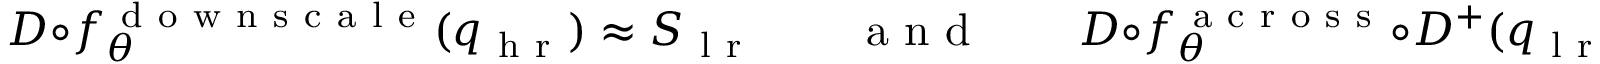
D \circ f _ { \theta } ^ { \mathrm { ~ d ~ o ~ w ~ n ~ s ~ c ~ a ~ l ~ e ~ } } ( q _ { \mathrm { ~ h ~ r ~ } } ) \approx S _ { \mathrm { ~ l ~ r ~ } } \qquad \mathrm { ~ a ~ n ~ d ~ } \qquad D \circ f _ { \theta } ^ { \mathrm { ~ a ~ c ~ r ~ o ~ s ~ s ~ } } \circ D ^ { + } ( q _ { \mathrm { ~ l ~ r ~ } } ) \approx S _ { \mathrm { ~ l ~ r ~ } } .